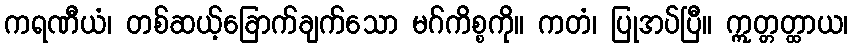
ကရဏီယံ၊ တစ်ဆယ့်ခြောက်ချက်သော မဂ်ကိစ္စကို။ ကတံ၊ ပြုအပ်ပြီ။ ဣတ္တတ္ထာယ၊